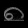
Digit: ၈